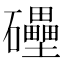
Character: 𥗬